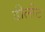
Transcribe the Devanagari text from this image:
डीलीट